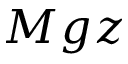
M g z